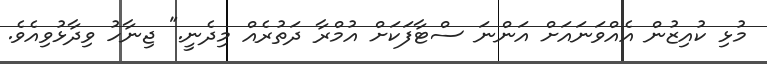
މުޅި ކުއިޒުން އެއްވަނައަށް އަންނަ ސްޓާފަކަށް އުމްރާ ދަތުރެއް މިދެނީ." ޖިނާހު ވިދާޅުވިއެވެ.